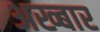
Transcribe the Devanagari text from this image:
अख्बार